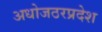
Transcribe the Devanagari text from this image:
अधोजठरप्रदेश